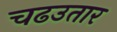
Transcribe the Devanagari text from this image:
चढउतार